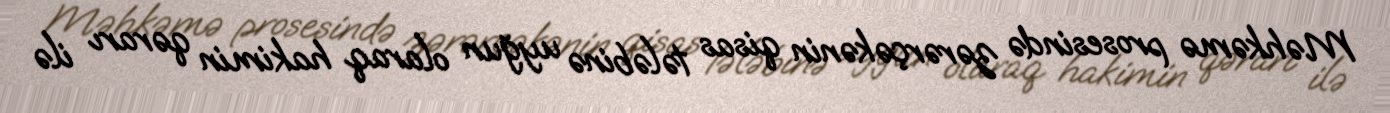
Məhkəmə prosesində zərərçəkənin qisas tələbinə uyğun olaraq hakimin qərarı ilə